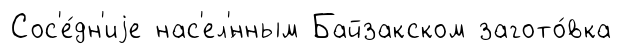
Сос'е́дн'иjе нас'ел'́нным Байзакском загото́вка